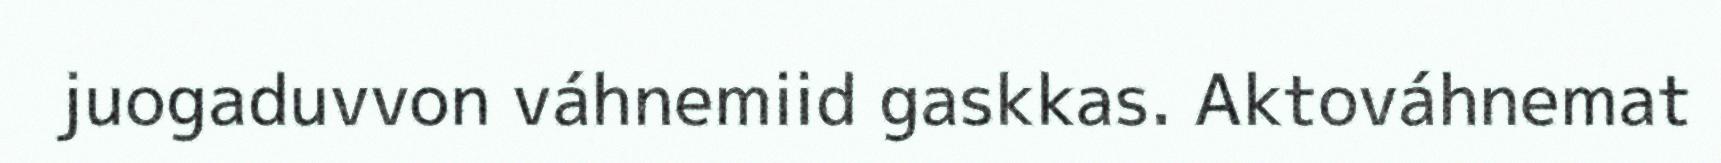
juogaduvvon váhnemiid gaskkas. Aktováhnemat